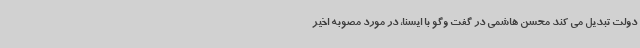
دولت تبدیل می کند محسن هاشمی در گفت وگو با ایسنا، در مورد مصوبه اخیر